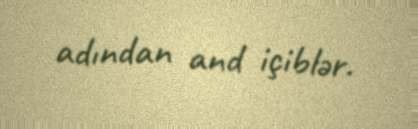
adından and içiblər.